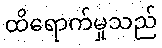
ထိရောက်မှုသည်